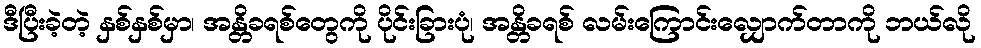
ဒီပြီးခဲ့တဲ့ နှစ်နှစ်မှာ၊ အန္တိခရစ်တွေကို ပိုင်းခြားပုံ၊ အန္တိခရစ် လမ်းကြောင်းလျှောက်တာကို ဘယ်လို